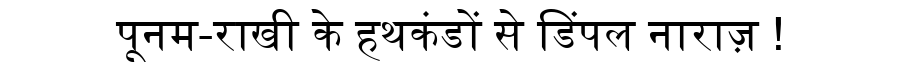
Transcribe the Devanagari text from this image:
पूनम-राखी के हथकंडों से डिंपल नाराज़ !